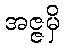
အဇ္ဇမှိ